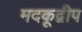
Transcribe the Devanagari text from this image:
मदकूद्वीप